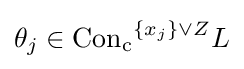
\theta _{j}\in \mathrm {Con_{c}} ^{\{x_{j}\}\vee Z}L